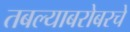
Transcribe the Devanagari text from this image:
तबल्याबरोबरचे